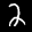
Label: 2